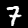
Digit: 7